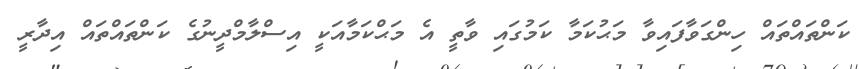
ކަންތައްތައް ހިންގަވާފައިވާ މަޙުކަމާ ކަމުގައި ވާތީ އެ މަޙްކަމާއަކީ އިސްލާމްދީނުގެ ކަންތައްތައް އިދާރީ